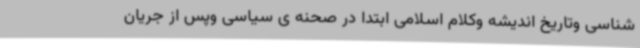
شناسی وتاریخ اندیشه وکلام اسلامی ابتدا در صحنه ی سیاسی وپس از جریان